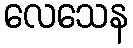
လေသေန